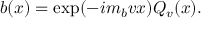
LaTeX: b ( x ) = \exp ( - i m _ { b } v x ) Q _ { v } ( x ) .